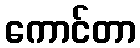
ကောင်တာ